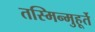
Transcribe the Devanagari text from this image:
तस्मिन्मुहूर्ते